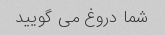
شما دروغ می گویید